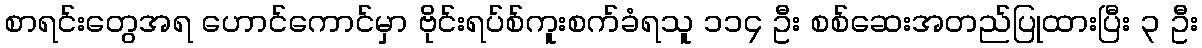
စာရင်းတွေအရ ဟောင်ကောင်မှာ ဗိုင်းရပ်စ်ကူးစက်ခံရသူ ၁၁၄ ဦး စစ်ဆေးအတည်ပြုထားပြီး ၃ ဦး